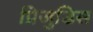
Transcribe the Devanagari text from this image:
प्रिजुडिस